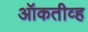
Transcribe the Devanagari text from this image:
ऑकतीव्ह